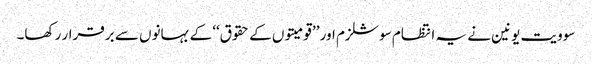
سوویت یونین نے یہ انتظام سوشلزم اور ’’قومیتوں کے حقوق‘‘ کے بہانوں سے برقرار رکھا۔